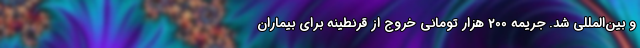
و بین‌المللی شد. جریمه 200 هزار تومانی خروج از قرنطینه برای بیماران